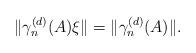
LaTeX: \begin{align*}\|\gamma_n^{(d)}(A)\xi\|=\|\gamma_n^{(d)}(A)\|.\end{align*}